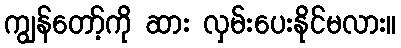
ကျွန်တော့်ကို ဆား လှမ်းပေးနိုင်မလား။